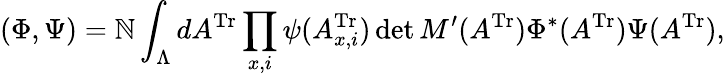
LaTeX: (\Phi,\Psi)=\mathbb{N}\int_{\Lambda}dA^{\mathrm{{Tr}}}\prod_{x,i}\psi(A_{x,i}^{\mathrm{{Tr}}})\operatorname*{det}M^{\prime}(A^{\mathrm{{Tr}}})\Phi^{*}(A^{\mathrm{{Tr}}})\Psi(A^{\mathrm{{Tr}}}),